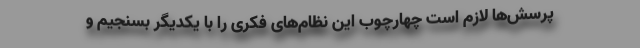
پرسش‌ها لازم است چهارچوب این نظام‌های فکری را با یکدیگر بسنجیم و